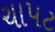
ચાપટ